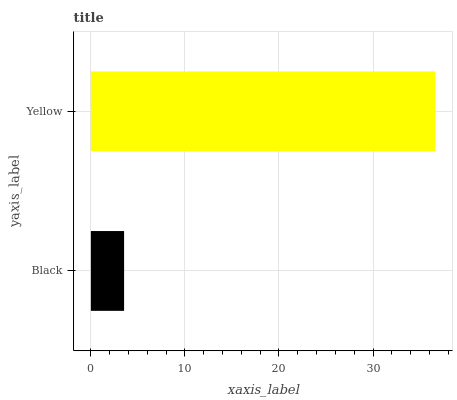
| yaxis_label | bars |
 | --- | --- |
 | Black | 3.53 |
 | Yellow | 36.6 |